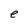
Character: e